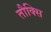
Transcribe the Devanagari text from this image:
तौक्सि